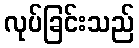
လုပ်ခြင်းသည်